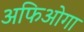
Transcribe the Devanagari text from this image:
अफिओगा